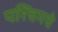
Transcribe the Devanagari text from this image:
पश्‍चिमचे